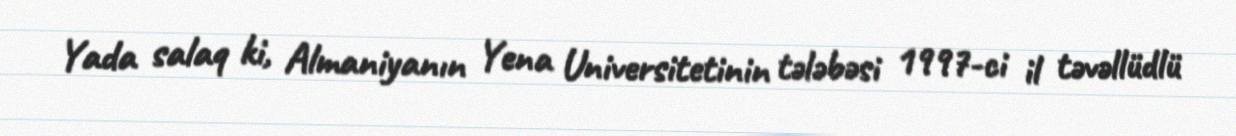
Yada salaq ki, Almaniyanın Yena Universitetinin tələbəsi 1997-ci il təvəllüdlü